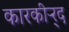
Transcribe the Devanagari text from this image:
कारकीऱ्र्द